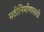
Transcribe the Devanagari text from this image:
मठीनिर्माणासाठी